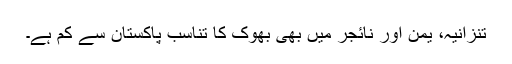
تنزانیہ، یمن اور نائجر میں بھی بھوک کا تناسب پاکستان سے کم ہے۔